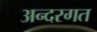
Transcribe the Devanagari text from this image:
अन्दरगत